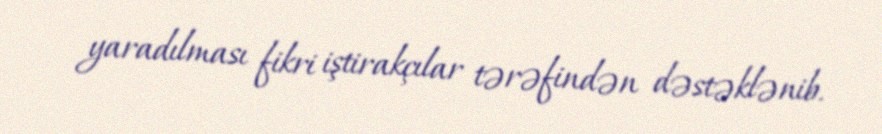
yaradılması fikri iştirakçılar tərəfindən dəstəklənib.